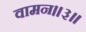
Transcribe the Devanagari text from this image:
वामन।।३।।